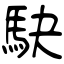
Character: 駃